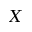
X